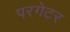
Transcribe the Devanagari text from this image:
परगेटर